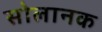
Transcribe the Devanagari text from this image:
सोलानक